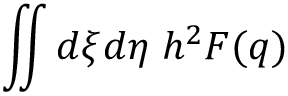
\iint d \xi d \eta \; h ^ { 2 } F ( q )